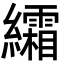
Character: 䌮